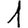
Digit: 1